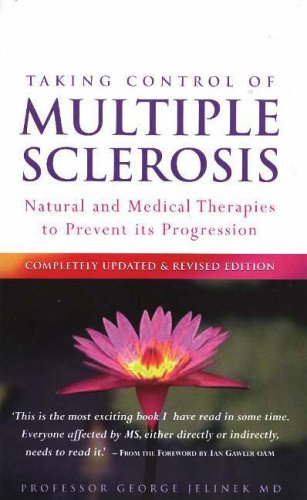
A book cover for Taking Control of Multiple Sclerosis: Natural and Medical Therapies to Prevent Its Progression; George Jelinek; Health, Fitness & Dieting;